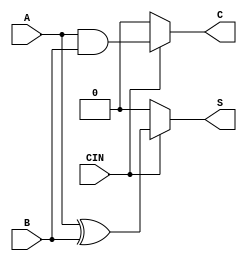
module conditional_half_adder (
    input wire A,      // First single-bit input
    input wire B,      // Second single-bit input
    input wire CIN,    // Control signal
    output wire S,     // Sum output
    output wire C      // Carry output
);

    // Internal signals for sum and carry
    wire sum, carry;

    // Half-adder logic
    assign sum = A ^ B;      // Sum is A XOR B
    assign carry = A & B;    // Carry is A AND B

    // Conditional outputs based on CIN
    assign S = (CIN) ? sum : 1'b0;  // If CIN is 1, output sum; else output 0
    assign C = (CIN) ? carry : 1'b0; // If CIN is 1, output carry; else output 0

endmodule